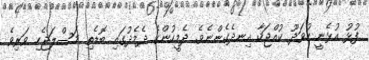
ފުޅު އުޅެނީ ހުވަދޫ ކުއްޖަކާ އިނދެގެންނެވެ. ދެމީހުންގެ ދެމެދުގައި ބޮޑެތި މަސްލަޖެހި ވަރިވެ